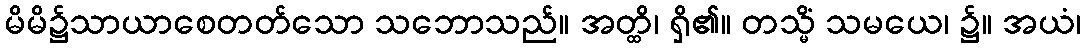
မိမိ၌သာယာစေတတ်သော သဘောသည်။ အတ္ထိ၊ ရှိ၏။ တသ္မိံ သမယေ၊ ၌။ အယံ၊